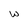
Character: w